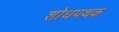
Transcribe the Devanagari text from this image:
शोधपथक